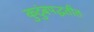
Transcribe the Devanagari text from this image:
कुटुंबपद्धतीत